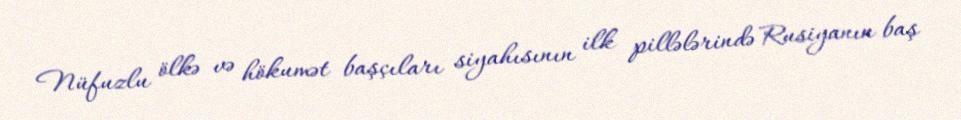
Nüfuzlu ölkə və hökumət başçıları siyahısının ilk pillələrində Rusiyanın baş